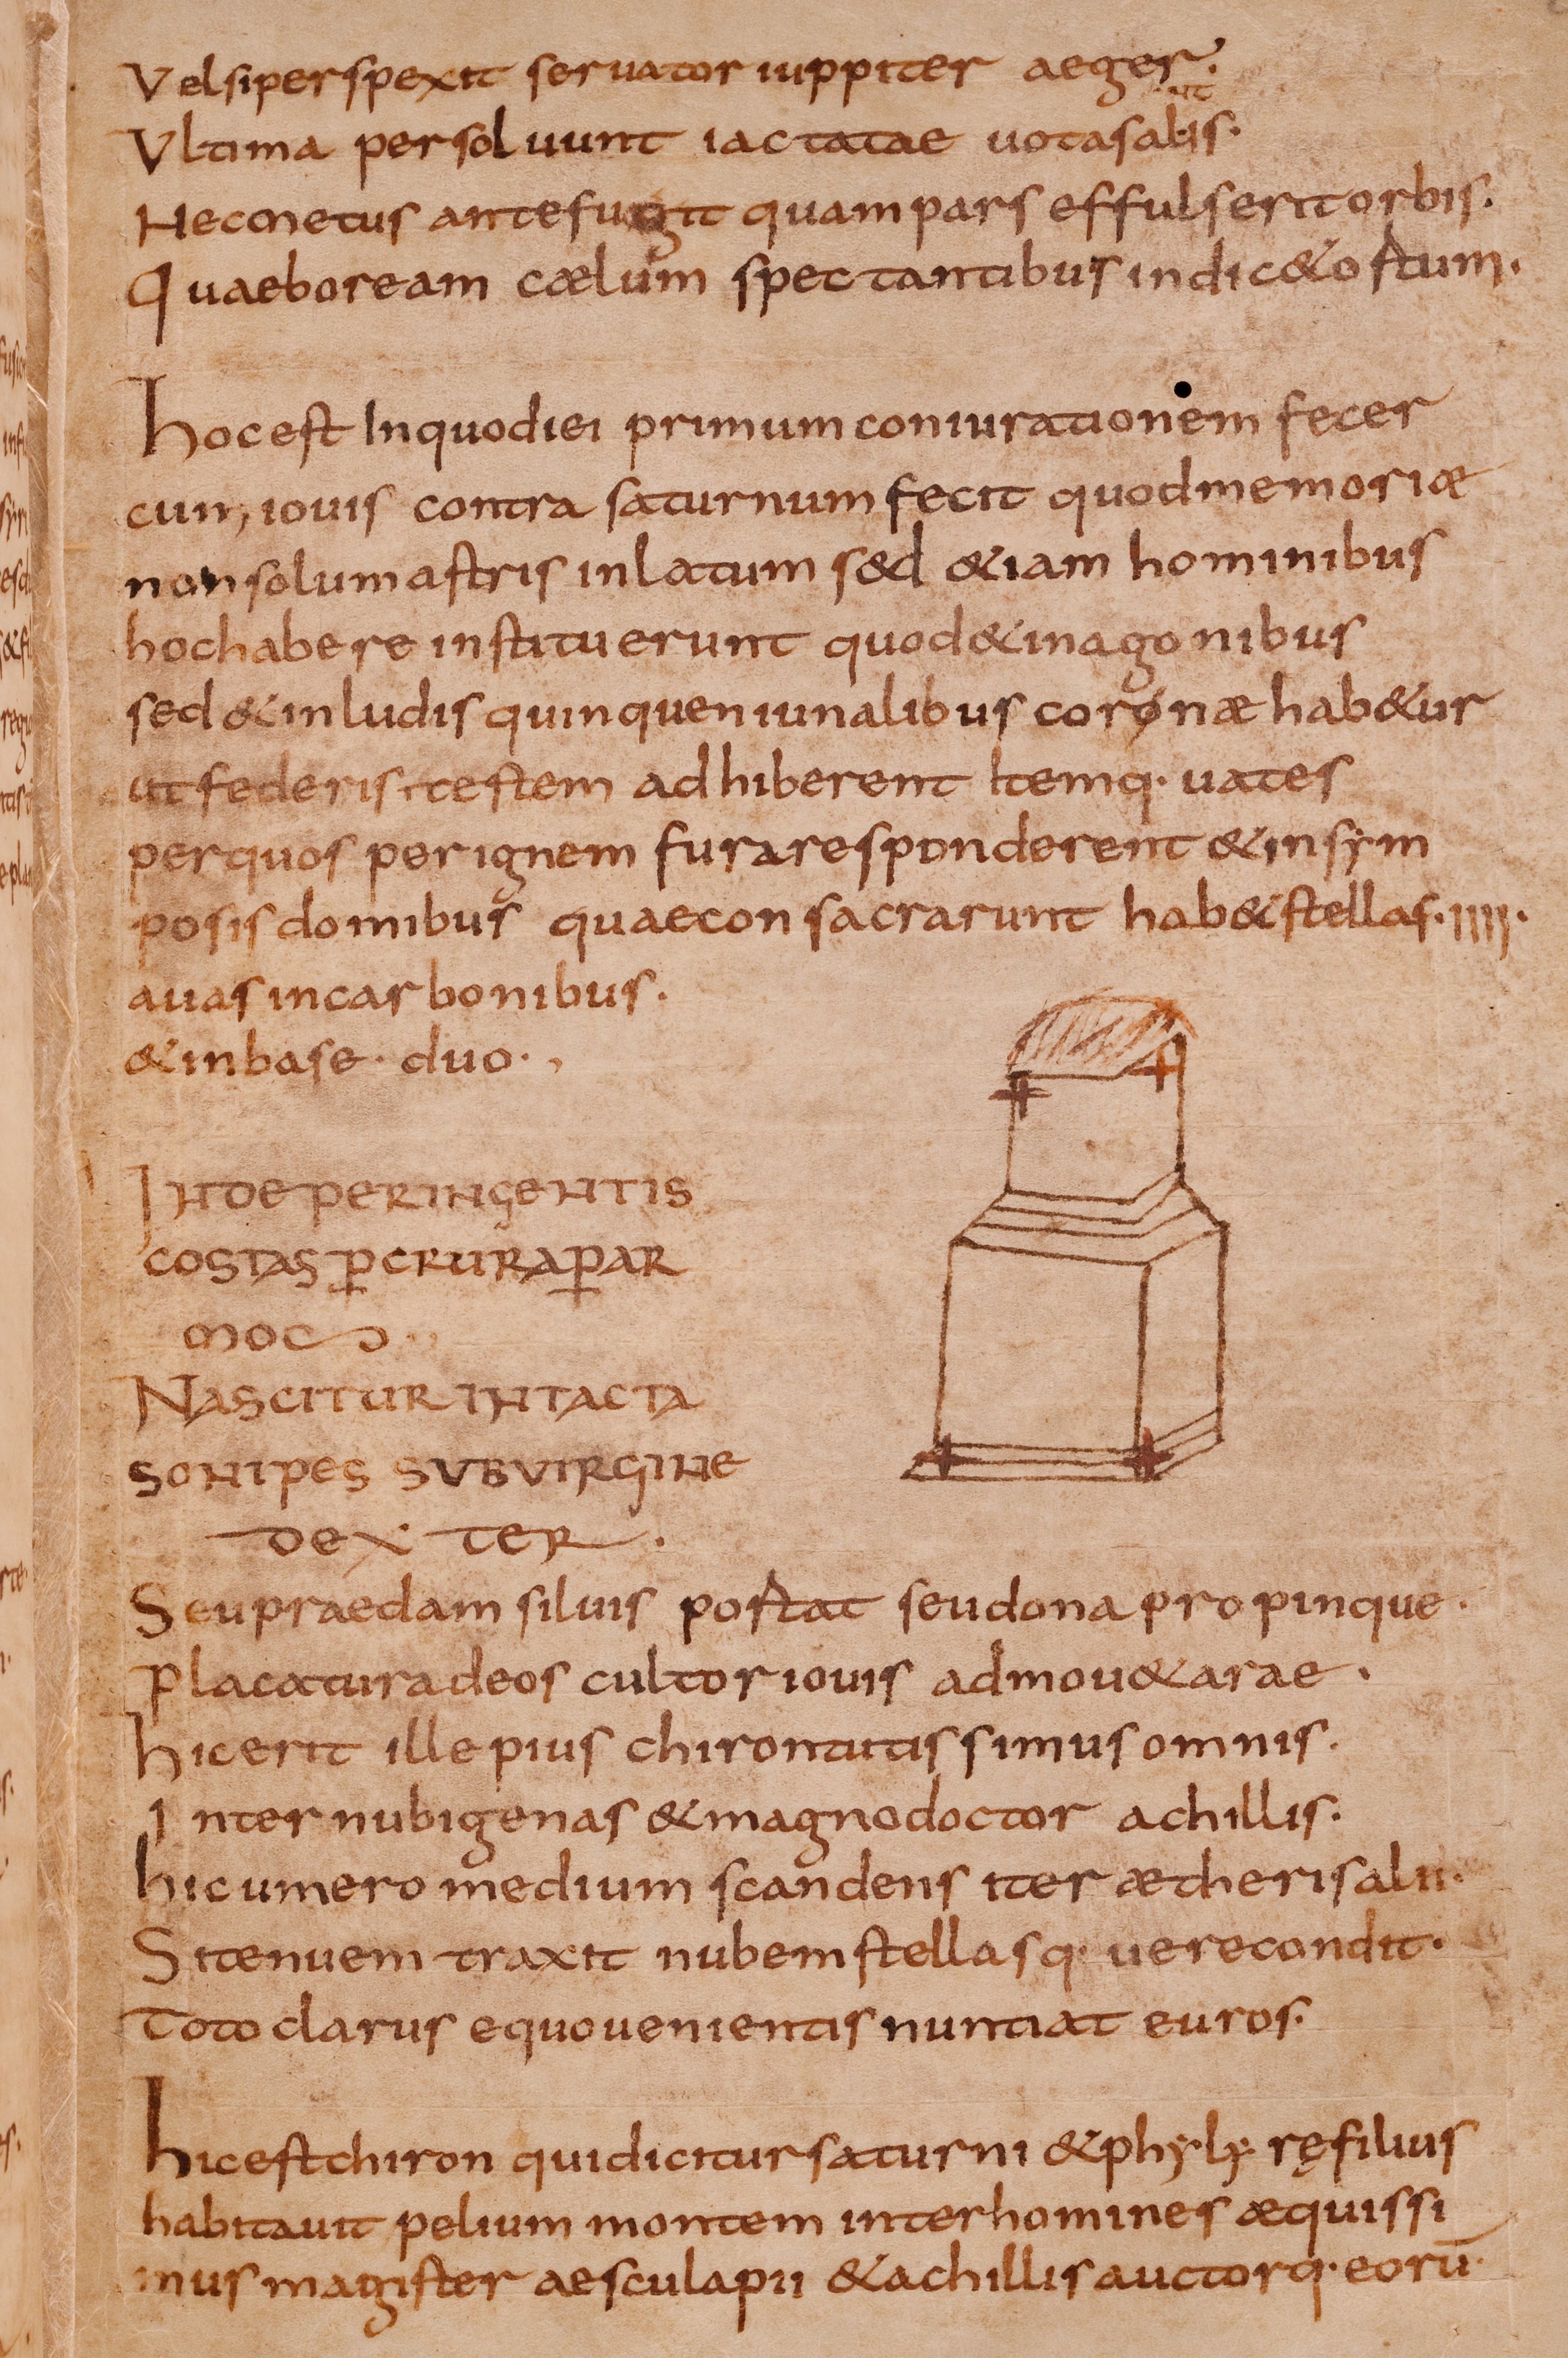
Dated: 800–849